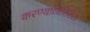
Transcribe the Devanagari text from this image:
करण्याव्यतिरीक्त